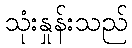
သုံးနှုန်းသည်